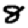
Digit: 8